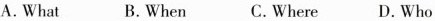
A.What B.When C.Where D. Who